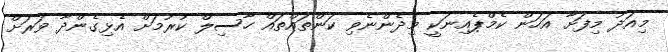
މިއަދު މިފަށާ އަހަން ކެމްޕެއިނަކީ މިދެންނެވި ކަންތައްތައް ހާސިލް ކުރުމަށް އެޅިގެންދާ ވަރަށް